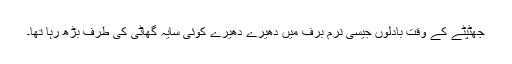
جھٹپٹے کے وقت بادلوں جیسی نرم برف میں دھیرے دھیرے کوئی سایہ گھاٹی کی طرف بڑھ رہا تھا۔